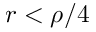
r < \rho / 4